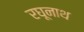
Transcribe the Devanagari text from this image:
रघूनाथ